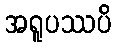
အရူပဿပိ